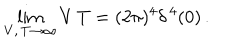
\lim _ { V , \, T \to \infty } V \, T = ( 2 \pi ) ^ { 4 } \delta ^ { \, 4 } ( 0 ) \, .